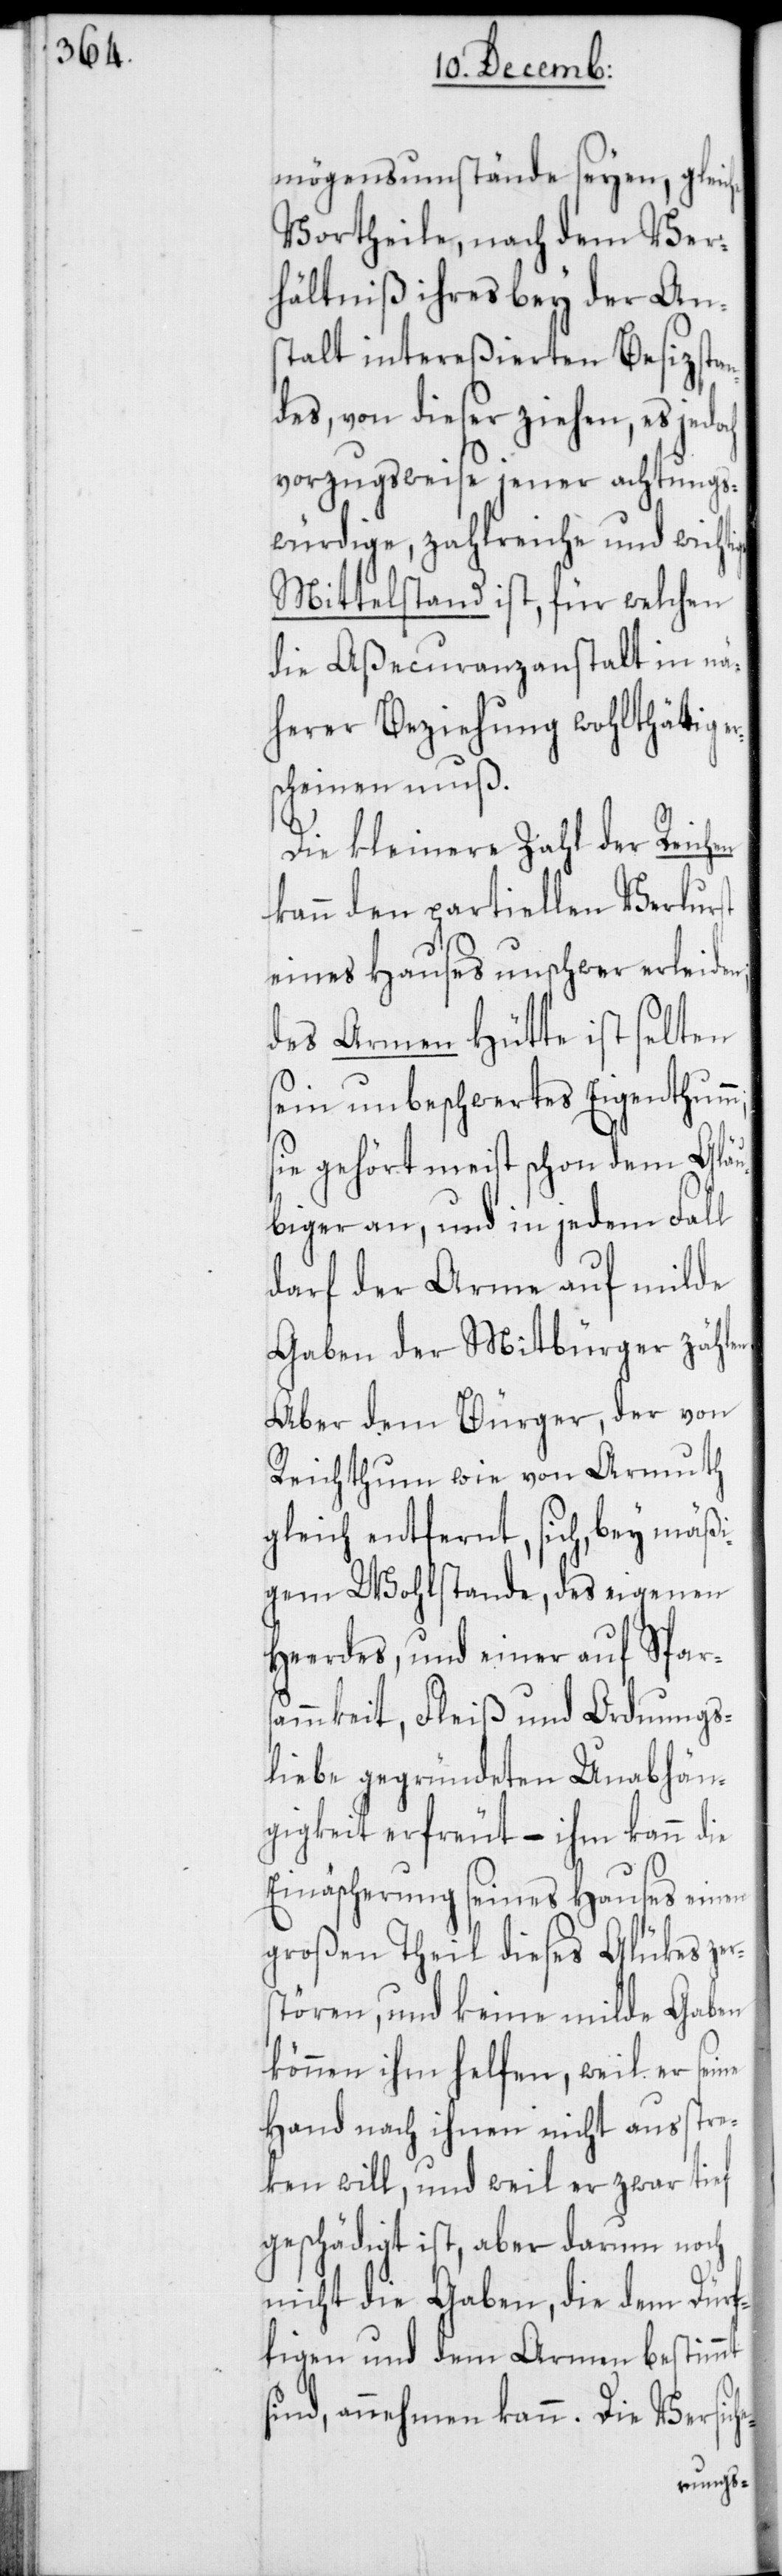
mögensumstände seyen, gleiche
Vortheile, nach dem Ver¬
hältniß ihres bey der An¬
stalt intereßierten Besizstan¬
des, von dieser ziehen, es jedoch
vorzugsweise jener achtungs¬
würdige, zahlreiche und wicht¬
Mittelstand ist, für welchen
die Aßecuranzanstalt in nä¬
herer Beziehung wohlthätig er¬
scheinen muß.
Die kleinere Zahl der Reichen
kann den partiellen Verlurst
eines Hauses unschwer erleiden;
des Armen Hütte ist selten
sein unbeschwertes Eigenthumm;
sie gehört meist schon dem Gläu¬
biger an, und in jedem Fall
darf der Arme auf milde
Gaben der Mitbürger zählen.
Aber dem Bürger, der von
Reichthum wie von Armuth
gleich entfernt, sich, bey mäßi¬
gem Wohlstande, des eigenen
Heerdes, und einer auf Spars¬
ammkeit, Fleiß und Ordnungs¬
liebe gegründeten Unabhän¬
gigkeit erfreut, – ihm kann die
Einäscherung seines Hauses einen
großen Theil dieses Glükes ze¬
tören, und keine milde Gaben
können ihm helfen, weil er seine
Hand nach ihnen nicht ausstre¬
ken will, und weil er zwar tief
geschädigt ist, aber darum noch
nicht die Gaben, die dem Dürft¬
igen und dem Armen bestimmt
sind, annehmen kann. Die Versic¬
he-